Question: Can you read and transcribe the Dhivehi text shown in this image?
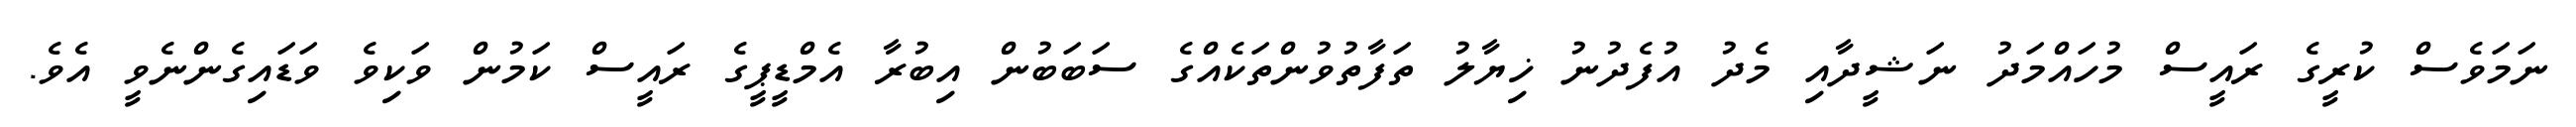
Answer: ނަމަވެސް ކުރީގެ ރައީސް މުހައްމަދު ނަޝީދާއި މެދު އުފެދުނު ޚިޔާލު ތަފާތުވުންތަކެއްގެ ސަބަބުން އިބުރާ އެމްޑީޕީގެ ރައީސް ކަމުން ވަކިވެ ވަޑައިގެންނެވީ އެވެ.